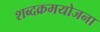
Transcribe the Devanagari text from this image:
शब्दक्रमयोजना